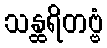
သန္ထရိတဗ္ဗံ